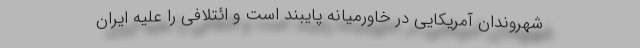
شهروندان آمریکایی در خاورمیانه پایبند است و ائتلافی را علیه ایران